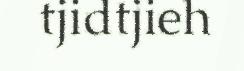
tjidtjieh